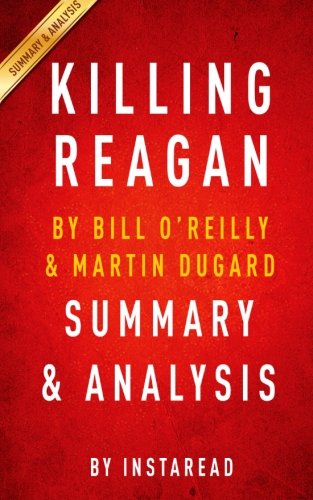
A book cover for Killing Reagan: The Violent Assault That Changed a Presidency by Bill O'Reilly and Martin Dugard | Summary & Analysis; Instaread; Biographies & Memoirs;